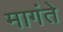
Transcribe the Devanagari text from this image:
मागंते